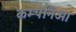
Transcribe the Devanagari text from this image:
कम्पनिओं